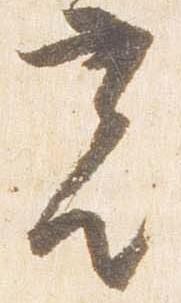
光